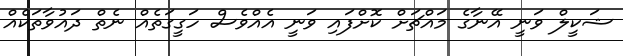
ޝަކީލް ވަނީ އޭނާގެ މައްޗަށް ކޮށްފައި ވަނީ އެއްވެސް ހަގީގަތެއް ނެތް ދައުވާތަކެއް